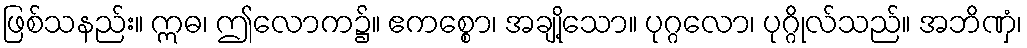
ဖြစ်သနည်း။ ဣဓ၊ ဤလောက၌။ ဧကစ္စော၊ အချို့သော။ ပုဂ္ဂလော၊ ပုဂ္ဂိုလ်သည်။ အဘိဏှံ၊